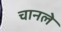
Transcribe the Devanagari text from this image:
चानले